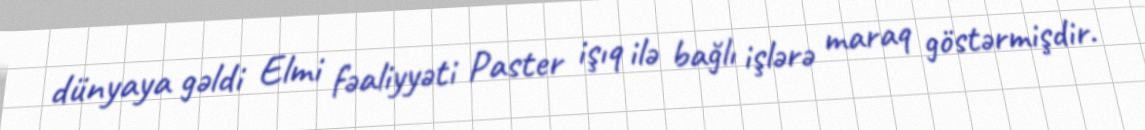
dünyaya gəldi Elmi fəaliyyəti Paster işıq ilə bağlı işlərə maraq göstərmişdir.